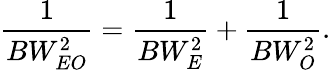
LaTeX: \frac{1}{BW_{EO}^{2}}=\frac{1}{BW_{E}^{2}}+\frac{1}{BW_{O}^{2}}.